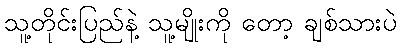
သူ့တိုင်းပြည်နဲ့ သူ့မျိုးကို တော့ ချစ်သားပဲ